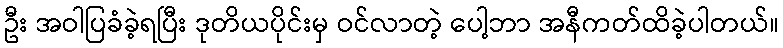
ဦး အဝါပြခံခဲ့ရပြီး ဒုတိယပိုင်းမှ ဝင်လာတဲ့ ပေါ့ဘာ အနီကတ်ထိခဲ့ပါတယ်။